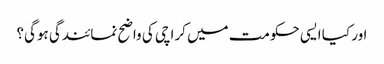
اور کیا ایسی حکومت میں کراچی کی واضح نمائندگی ہوگی؟